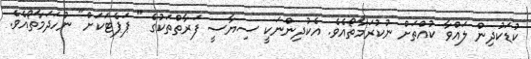
ކުޑަކުދިން ލައްވާ ކުއްތަށް ނުކުރަމާތޯއެވެ. އެކުދިންނަކީ ސިޔާސީ ފަރާތްތަކުގެ " ޕަޕެޓަކަށް" ނުހަދަމާތޯއެވެ.